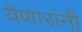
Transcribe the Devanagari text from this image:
येणारांनी